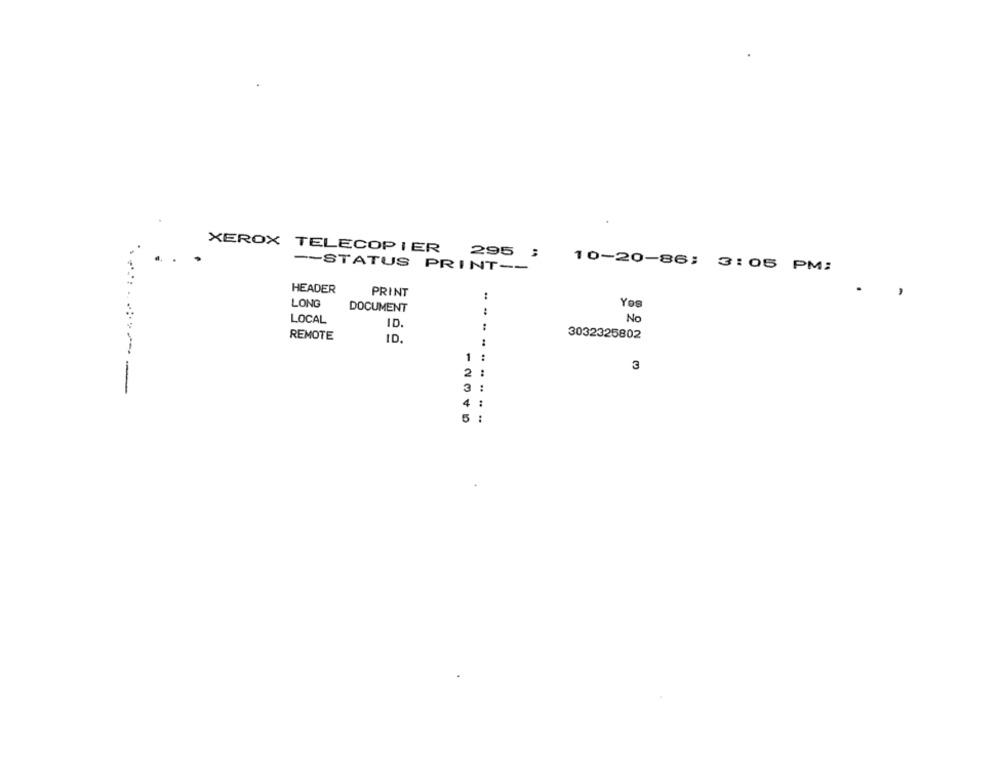
XEROX TELECOPIER
295 ;
-- STATUS PRINT --
10-20-86; 3:05 PM:
HEADER
PRINT
..
LONG
DOCUMENT
Yos
LOCAL
No
ID.
.+
REMOTE
ID.
:
3032325802
1
3
2
-
4
5
: